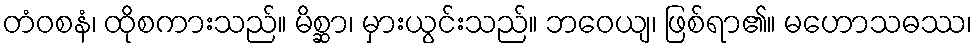
တံဝစနံ၊ ထိုစကားသည်။ မိစ္ဆာ၊ မှားယွင်းသည်။ ဘဝေယျ၊ ဖြစ်ရာ၏။ မဟောသဓဿ၊